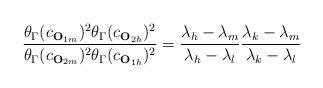
LaTeX: \begin{align*}\frac{\theta_\Gamma (c_{\mathbf{O}_{1m}})^2\theta_\Gamma(c_{\mathbf{O}_{2h}})^2}{\theta_\Gamma (c_{\mathbf{O}_{2m}})^2\theta_\Gamma(c_{\mathbf{O}_{1h}})^2}=\frac{\lambda_h-\lambda_m}{\lambda_h-\lambda_l}\frac{\lambda_k-\lambda_m}{\lambda_k-\lambda_l}\end{align*}